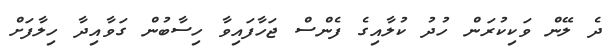
ދެ ލޭން ވަކިކުރަން ހުދު ކުލާއިގެ ފެންސް ޖަހާފައިވާ ހިސާބުން ގަވާއިދާ ހިލާފަށް